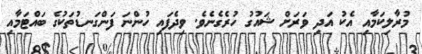
މުރާލިކަމާއި އެކު އަދި ވަރަށް ޝައުގު ހުރެގެނެވެ. ވިދެފައި ހުންނަ ފަންގަނޑުތަކުގެ ބައްޓަމާއި